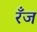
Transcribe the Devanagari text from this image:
रँज